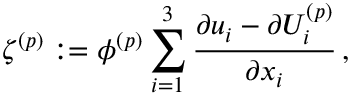
\zeta ^ { ( p ) } : = \phi ^ { ( p ) } \sum _ { i = 1 } ^ { 3 } \frac { \partial { u _ { i } } - \partial { U _ { i } ^ { ( p ) } } } { \partial { x _ { i } } } \, ,